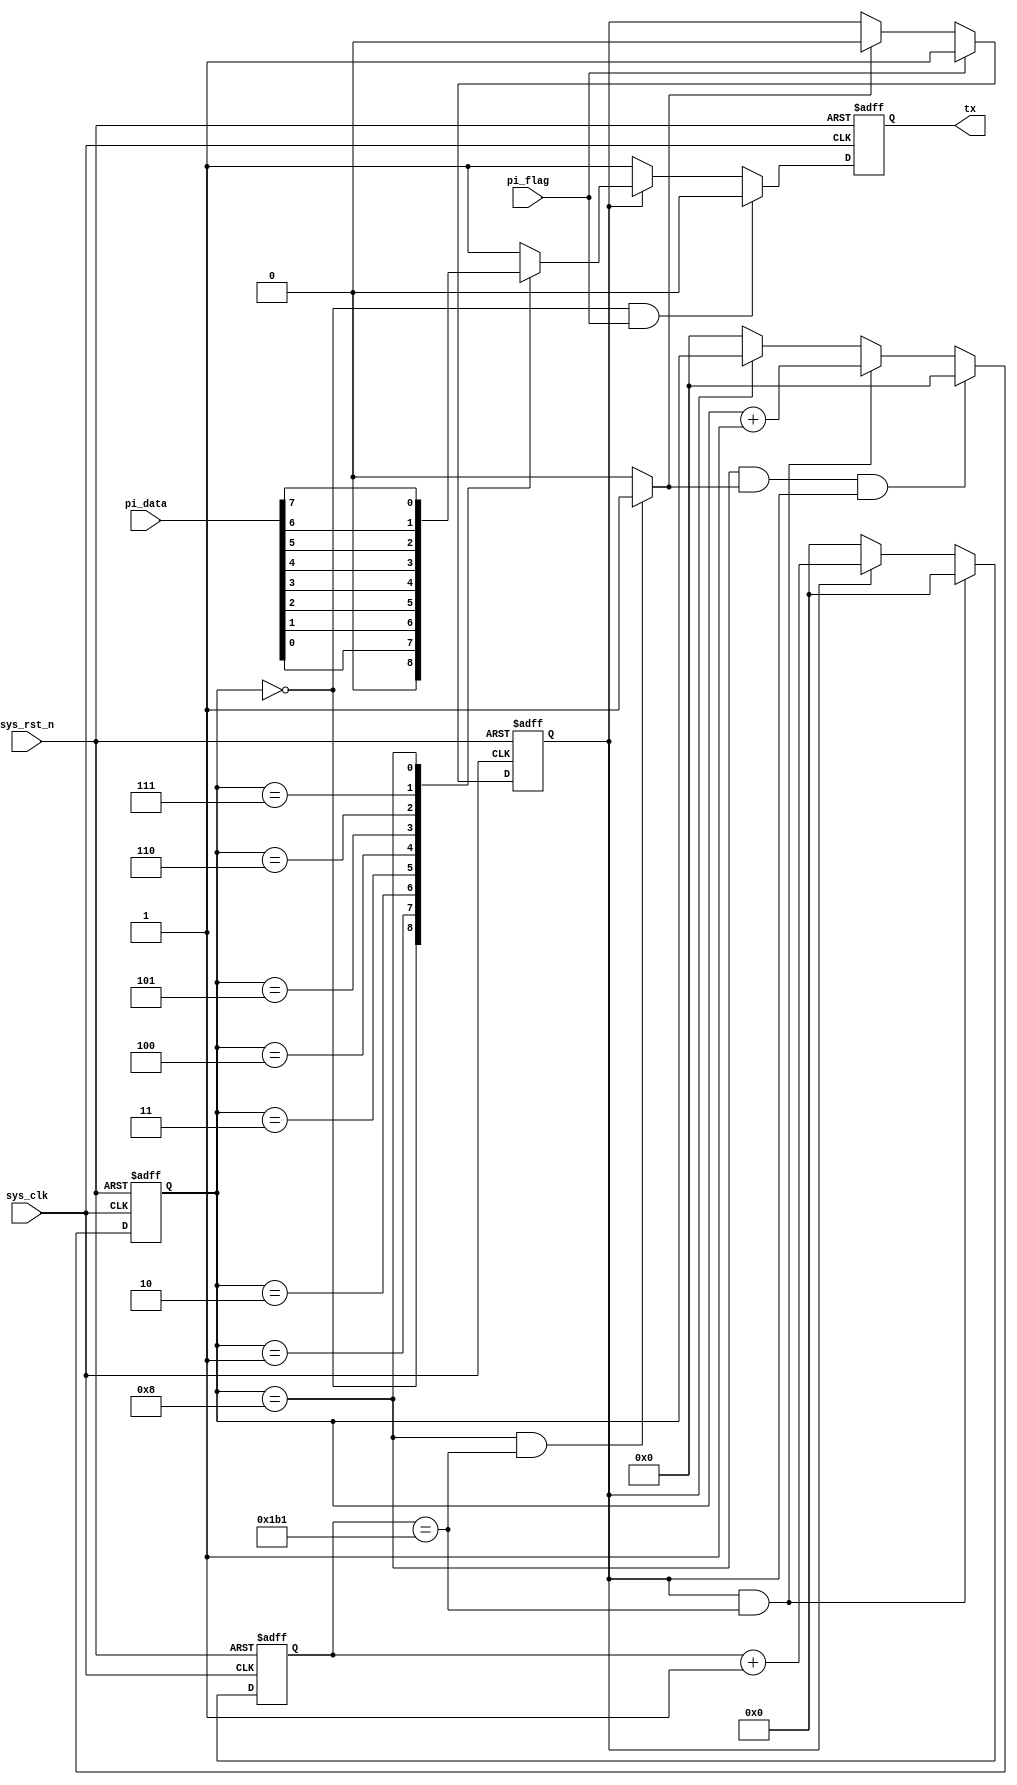
module  uart_tx
#(
	parameter	CLK_FRE		=	'd50_000_000	,	//
				BAUD_RATE	=	'd115200			//
)
(
	input	wire			sys_clk		,	//50MHZ
	input	wire			sys_rst_n	,	//
	input	wire	[7:0]	pi_data		,	//8bit
	input	wire			pi_flag		,	//
	
	output	reg 			tx				//
);

localparam	CNT_BAUD_MAX	=	CLK_FRE	/ BAUD_RATE		;	//

reg				work_en		;	//FPGA
reg		[14:0]	cnt_baud	;	//
reg		[3:0]	cnt_bit		;	//
wire			stop_en		;	//

assign  stop_en = ((cnt_bit == 4'd8)&&(cnt_baud == CNT_BAUD_MAX - 1'b1))? 1'b1 : 1'b0  ;

always@(posedge sys_clk or negedge sys_rst_n)
	if(sys_rst_n == 1'b0)
		work_en  <=  1'b0  ;
	else  if(pi_flag == 1'b1)
		work_en  <=  1'b1  ;
	else  if(stop_en == 1'b1)
		work_en  <=  1'b0  ;
	else
		work_en  <=  work_en  ;
		
always@(posedge sys_clk or negedge sys_rst_n)
	if(sys_rst_n == 1'b0)
		cnt_baud  <=  15'd0  ;
	else  if((work_en == 1'b1)&&(cnt_baud == CNT_BAUD_MAX - 1'b1))
		cnt_baud  <=  15'd0  ;
	else  if(work_en == 1'b1)
		cnt_baud  <=  cnt_baud + 1'b1  ;
	else
		cnt_baud  <=  15'd0  ;
		
always@(posedge sys_clk or negedge sys_rst_n)
	if(sys_rst_n == 1'b0)
		cnt_bit  <=  4'd0  ;
	else  if((cnt_bit == 4'd8)&&(stop_en == 1'b1)&&(work_en == 1'b1))
		cnt_bit  <=  4'd0  ;
	else  if((work_en == 1'b1)&&(cnt_baud == CNT_BAUD_MAX - 1'b1))
		cnt_bit  <=  cnt_bit + 1'b1  ;
	else  if(work_en == 1'b0)
		cnt_bit  <=  4'd0  ;
	else
		cnt_bit  <=  cnt_bit  ;
		
always@(posedge sys_clk or negedge sys_rst_n)
	if(sys_rst_n == 1'b0)
		tx  <=  1'b1  ;
	else  if((cnt_bit == 4'd0)&&(pi_flag == 1'b1))
		tx  <=  1'b0  ;
	else  if(work_en == 1'b1)
		case(cnt_bit)
			4'd0	:	tx  <=  1'b0	    ;
			4'd1	:	tx  <=  pi_data[0]  ;
			4'd2	:	tx  <=  pi_data[1]  ;
			4'd3	:	tx  <=  pi_data[2]  ;
			4'd4	:	tx  <=  pi_data[3]  ;
			4'd5	:	tx  <=  pi_data[4]  ;
			4'd6	:	tx  <=  pi_data[5]  ;
			4'd7	:	tx  <=  pi_data[6]  ;
			4'd8	:	tx  <=  pi_data[7]  ;
		    default	:	tx  <=  1'b1  ;
		endcase
	else
		tx  <=  1'b1  ;	

endmodule